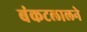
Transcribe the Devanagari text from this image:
बंकटलालने